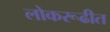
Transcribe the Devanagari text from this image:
लोकरूढीत